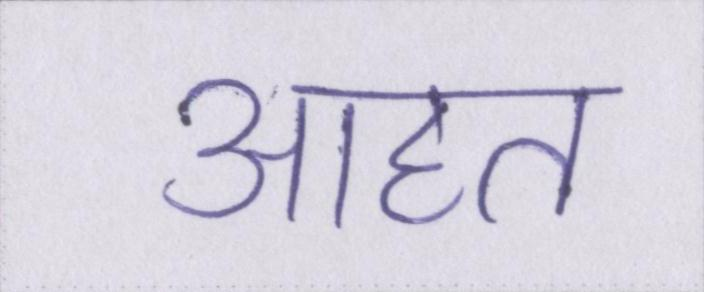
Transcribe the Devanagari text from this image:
आहत